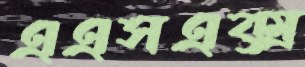
এএসএক্স